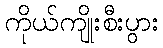
ကိုယ်ကျိုးစီးပွား